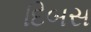
દિબસ